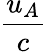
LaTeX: \frac{u_{A}}{c}